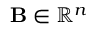
\mathbf { B } \in \mathbb { R } ^ { n }